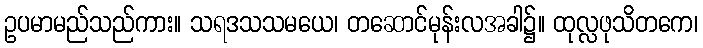
ဥပမာမည်သည်ကား။ သရဒသသမယေ၊ တဆောင်မုန်းလအခါ၌။ ထုလ္လဖုသိတကေ၊